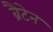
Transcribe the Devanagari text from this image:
ब्रैटेन